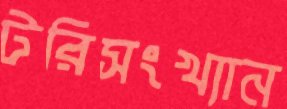
টরিসংখ্যান